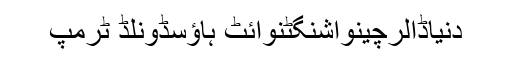
دنیاڈالرچینواشنگٹنوائٹ ہاؤسڈونلڈ ٹرمپ